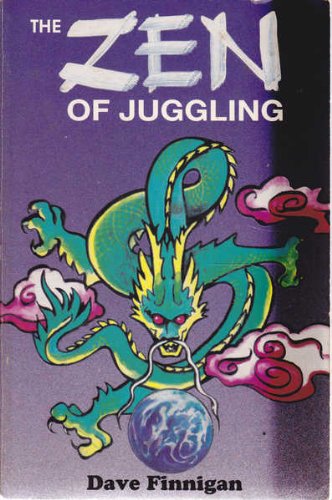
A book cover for Zen of Juggling; Dave Finnegan; Sports & Outdoors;